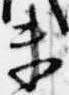
未